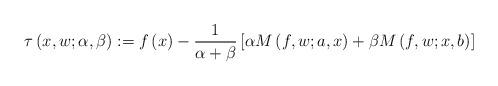
LaTeX: \begin{align*}\tau \left( x,w;\alpha ,\beta \right) :=f\left( x\right) -\frac{1}{\alpha+\beta }\left[ \alpha M\left( f,w;a,x\right) +\beta M\left( f,w;x,b\right) \right] \end{align*}